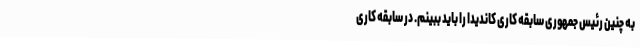
به چنین رئیس جمهوری سابقه کاری کاندیدا را باید ببینم. در سابقه کاری